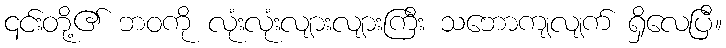
၎င်းတို့၏ ဘဝကို လုံးလုံးလျားလျားကြီး သဘောကျလျက် ရှိလေပြီ။